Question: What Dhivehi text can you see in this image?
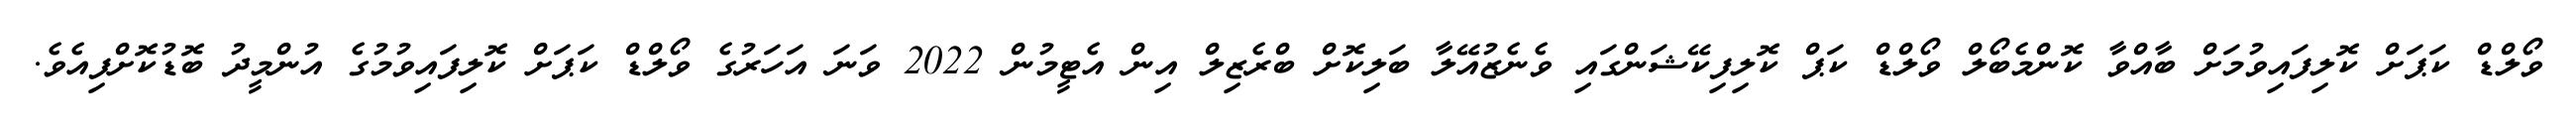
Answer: ވޯލްޑް ކަޕަށް ކޮލިފައިވުމަށް ބާއްވާ ކޮންމެބޯލް ވޯލްޑް ކަޕް ކޮލިފިކޭޝަންގައި ވެނެޒުއޭލާ ބަލިކޮށް ބްރެޒިލް އިން އެޓީމުން 2022 ވަނަ އަހަރުގެ ވޯލްޑް ކަޕަށް ކޮލިފައިވުމުގެ އުންމީދު ބޮޑުކޮށްފިއެވެ.